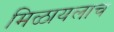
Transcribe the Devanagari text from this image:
मिळायलाच